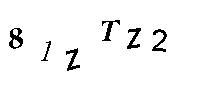
H1ZTZ2